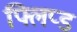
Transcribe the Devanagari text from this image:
फ्लिप्ड